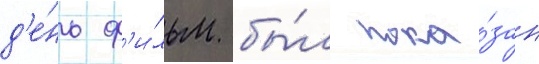
д'е́нь ф'и́льм бы́л пока́зан